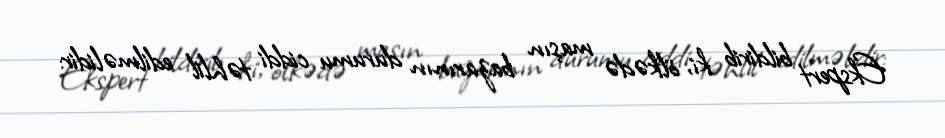
Ekspert bildirib ki, ölkədə maşın bazarının durumu ciddi təhlil edilməlidir: